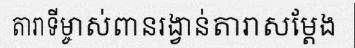
តារាទីម្ចាស់ពានរង្វាន់តារាសម្តែង